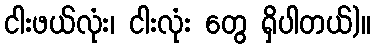
ငါးဖယ်လုံး၊ ငါးလုံး တွေ ရှိပါတယ်)။